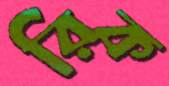
রিক